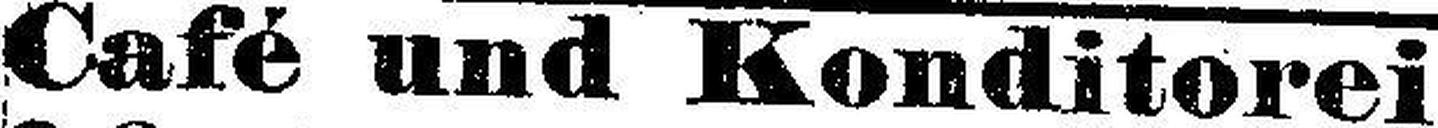
Café und Konditorei